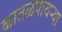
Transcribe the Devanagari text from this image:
कातळपायऱ्या